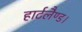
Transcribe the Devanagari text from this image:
हार्टलैण्ड।